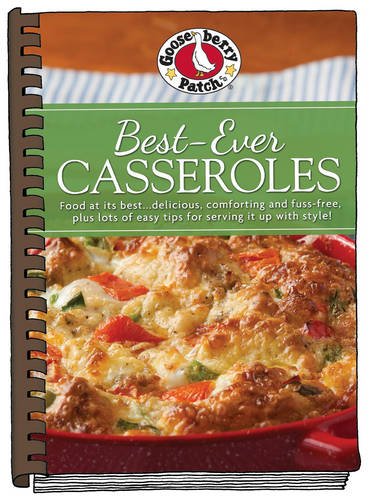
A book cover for Best-Ever Casseroles with photos (Everyday Cookbook Collection); Gooseberry Patch; Cookbooks, Food & Wine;